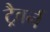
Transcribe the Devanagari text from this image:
ट्रैवर्न